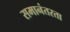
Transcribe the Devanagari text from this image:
समानंतरता